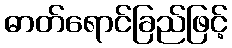
ဓာတ်ရောင်ခြည်ဖြင့်